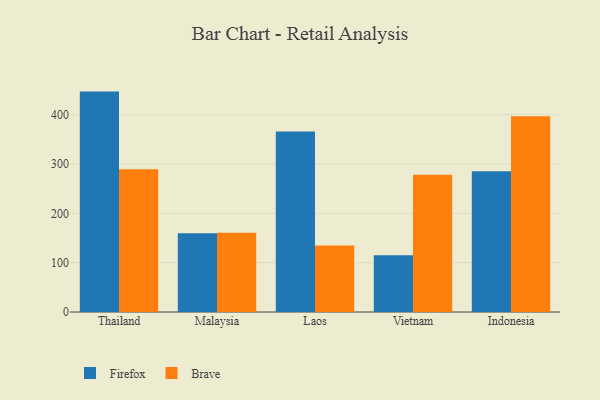
{"axis": {"x": "Country", "y": "Market Share (%)"}, "legend": ["Brave", "Firefox"], "data": [{"x": "Thailand", "y": 447.0, "type": "Firefox"}, {"x": "Thailand", "y": 289.5, "type": "Brave"}, {"x": "Malaysia", "y": 159.5, "type": "Firefox"}, {"x": "Malaysia", "y": 160.8, "type": "Brave"}, {"x": "Laos", "y": 366.2, "type": "Firefox"}, {"x": "Laos", "y": 135.0, "type": "Brave"}, {"x": "Vietnam", "y": 115.1, "type": "Firefox"}, {"x": "Vietnam", "y": 278.4, "type": "Brave"}, {"x": "Indonesia", "y": 285.5, "type": "Firefox"}, {"x": "Indonesia", "y": 397.1, "type": "Brave"}]}